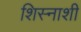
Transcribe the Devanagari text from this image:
शिस्नाशी